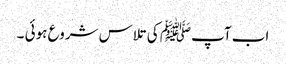
اب آپﷺ کی تلاس شروع ہوئی ۔